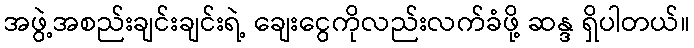
အဖွဲ့အစည်းချင်းချင်းရဲ့ ချေးငွေကိုလည်းလက်ခံဖို့ ဆန္ဒ ရှိပါတယ်။